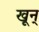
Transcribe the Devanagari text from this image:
खून्